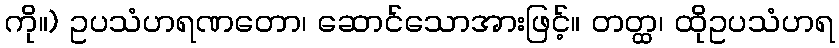
ကို။) ဥပသံဟရဏတော၊ ဆောင်သောအားဖြင့်။ တတ္ထ၊ ထိုဥပသံဟရ